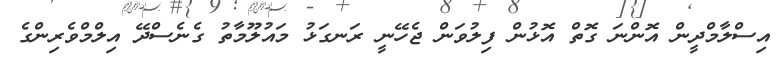
އިސްލާމްދީން އޮންނަ ގޮތް އޮޅުން ފިލުވަން ޖެހޭނީ ރަނގަޅު މައުލޫމާތު ގެނެސްދޭ އިލްމްވެރިންގެ